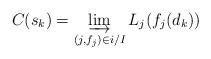
LaTeX: \begin{align*}C(s_k)=\varinjlim_{(j,f_j)\in i/I} L_j(f_j(d_k)) \ \end{align*}